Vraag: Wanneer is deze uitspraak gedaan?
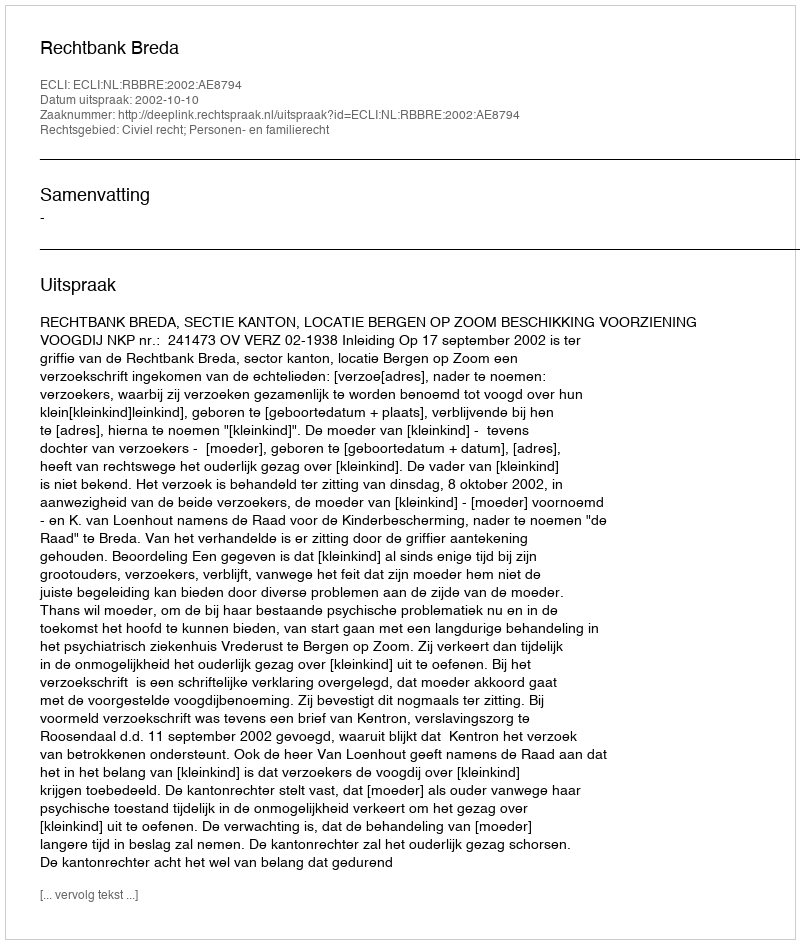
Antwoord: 2002-10-10